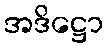
အဒိဋ္ဌော